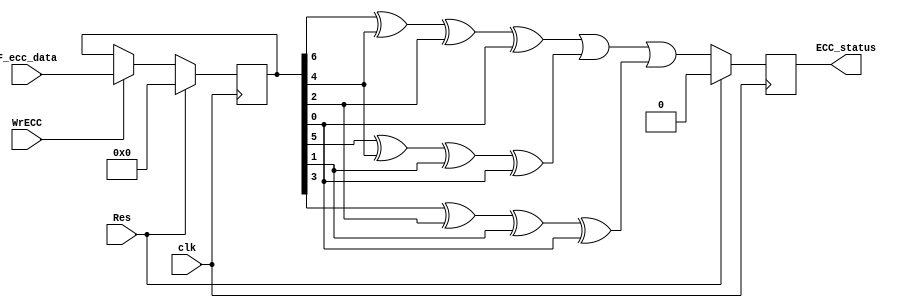
//   ==================================================================
//   >>>>>>>>>>>>>>>>>>>>>>> COPYRIGHT NOTICE <<<<<<<<<<<<<<<<<<<<<<<<<
//   ------------------------------------------------------------------
//   Copyright (c) 2013 by Lattice Semiconductor Corporation
//   ALL RIGHTS RESERVED 
//   ------------------------------------------------------------------
//
//   Permission:
//
//      Lattice SG Pte. Ltd. grants permission to use this code
//      pursuant to the terms of the Lattice Reference Design License Agreement. 
//
//
//   Disclaimer:
//
//      This VHDL or Verilog source code is intended as a design reference
//      which illustrates how these types of functions can be implemented.
//      It is the user's responsibility to verify their design for
//      consistency and functionality through the use of formal
//      verification methods.  Lattice provides no warranty
//      regarding the use or functionality of this code.
//
//   --------------------------------------------------------------------
//
//                  Lattice SG Pte. Ltd.
//                  101 Thomson Road, United Square #07-02 
//                  Singapore 307591
//
//
//                  TEL: 1-800-Lattice (USA and Canada)
//                       +65-6631-2000 (Singapore)
//                       +1-503-268-8001 (other locations)
//
//                  web: http://www.latticesemi.com/
//
//   --------------------------------------------------------------------
//


//
// Revision History :
// --------------------------------------------------------------------
//   Ver  :| Author :| Mod. Date :| Changes Made:
//   V01.0:| A.Y    :| 09/30/06  :| Initial ver
//   v01.1:| J.T    :| 06/21/09  :| juse (7,4) hamming code
// --------------------------------------------------------------------
//
// 
//Description of module:
//--------------------------------------------------------------------------------
// (7,4) hamming code detect
// --------------------------------------------------------------------
`timescale 1 ns / 1 ps

module ErrLoc(
      clk,
      Res,
      F_ecc_data ,// -- ecc byte read fm flash
      WrECC,


      ECC_status
);
  input    clk;
  input    Res;
  input  [6:0]  F_ecc_data ; //-- ecc byte read fm flash
  input    WrECC ;
  
  output reg ECC_status;

wire check1,check2,check3;
reg [6:0] din;

always@(posedge clk)
 if (Res)
  din <= 8'h00;
 else if (WrECC)
  din <= F_ecc_data;
  
assign check1=din[6]^din[4]^din[2]^din[0];
assign check2=din[5]^din[4]^din[1]^din[0];
assign check3=din[3]^din[2]^din[1]^din[0];

always@(posedge clk)
 if (Res)
  ECC_status <= 1'h0;
 else
  ECC_status <= (check1 | check2 | check3);


endmodule